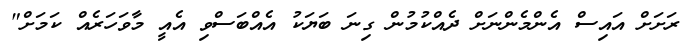
ރަށަށް އައިސް އެންމެންނަށް ދެއްކުމުން ގިނަ ބަޔަކު އެއްބަސްވި އެއީ މާވަހަރެއް ކަމަށް"